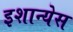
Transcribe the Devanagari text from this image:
इशान्येस